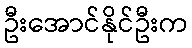
ဦးအောင်နိုင်ဦးက